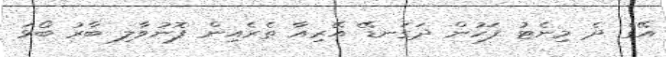
އޭގެ ދެ މިނެޓު ފަހުން ދަގަނޑޭ އޭރިއާ ތެރެއިން ފޮނުވާލި ބާރު ބޯޅަ